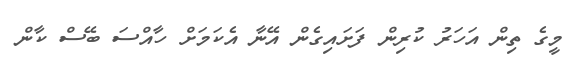
މީގެ ތިން އަހަރު ކުރިން ފަށައިގެން އޭނާ އެކަމަށް ހާއްސަ ބޭސް ކާން